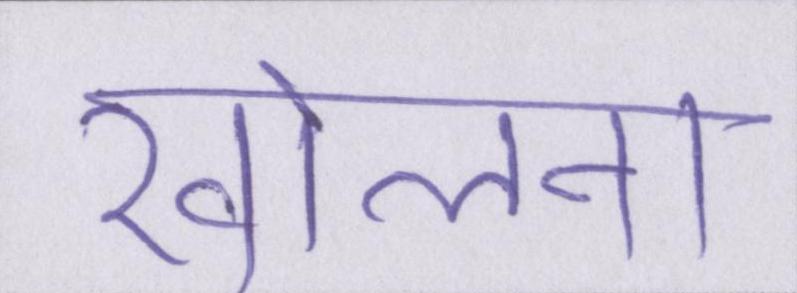
खोलना